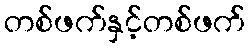
တစ်ဖက်နှင့်တစ်ဖက်